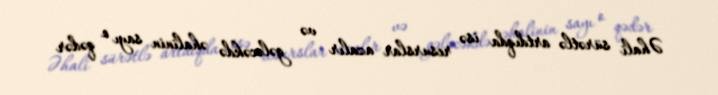
Əhali sürətlə artdıqda isə resurslar azalır və gələcəkdə əhalinin sayı o qədər